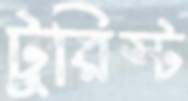
টুরিস্ট